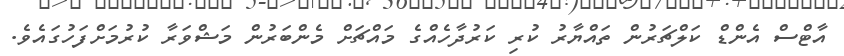
އާޓްސް އެންޑް ކަލްޗަރުން ތައްޔާރު ކުރި ކަރުދާހެއްގެ މައްޗަށް މެންބަރުން މަޝްވަރާ ކުރުމަށްފަހުގައެވެ.